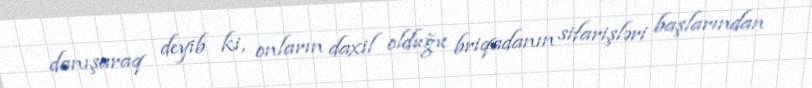
danışaraq deyib ki, onların daxil olduğu briqadanın sifarişləri başlarından